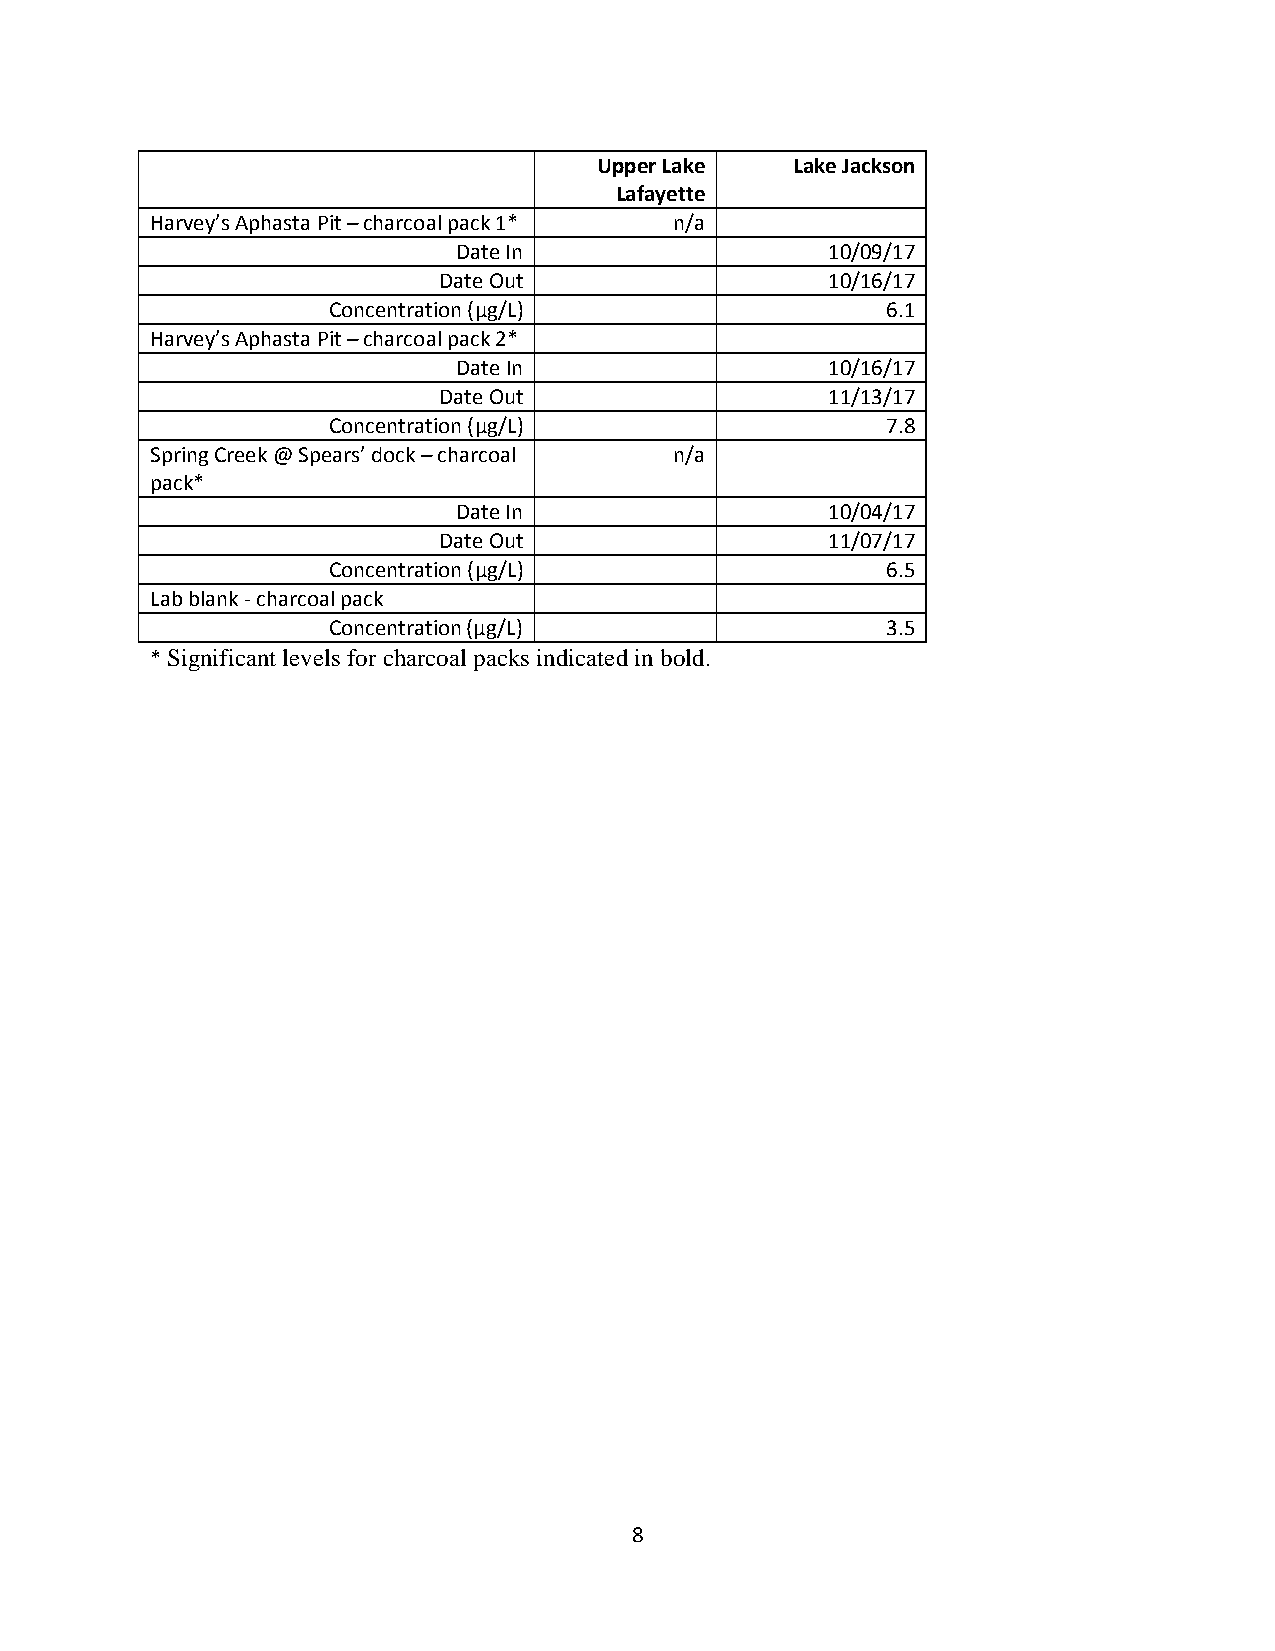
Upper Lake   Lake Jackson
 Lafayette
 Harvey’s Aphasta Pit – charcoal pack 1* n/a
 Date In                  10/09/17
 Date Out                  10/16/17
 Concentration (μg/L)                 6.1
 Harvey’s Aphasta Pit – charcoal pack 2*
 Date In                  10/16/17
 Date Out                  11/13/17
 Concentration (μg/L)                 7.8
 Spring Creek @ Spears’ dock – charcoal n/a
 pack*
 Date In                  10/04/17
 Date Out                  11/07/17
 Concentration (μg/L)                 6.5
 Lab blank - charcoal pack
 Concentration (μg/L)                 3.5
 * Significant levels for charcoal packs indicated in bold.
 8